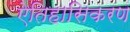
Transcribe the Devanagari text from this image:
ऐतिहासिकरण